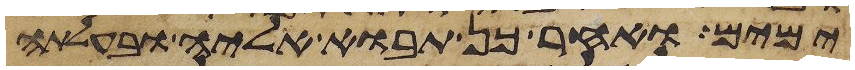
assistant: ימים ואחר כן תבוא אליה ובעלתה